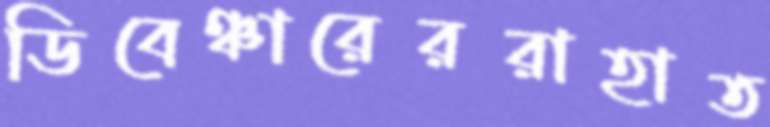
ডিবেঞ্চারেররাহাত